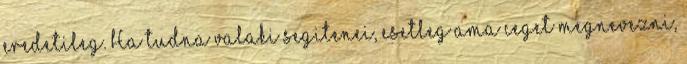
eredetileg. Ha tudna valaki segitenei, esetleg ama ceget megnevezni,